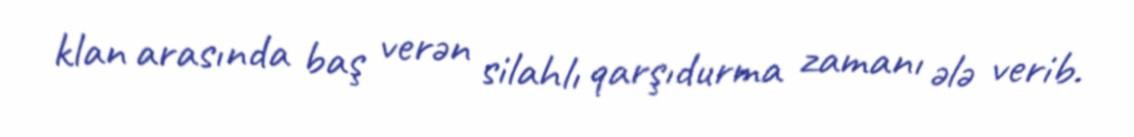
klan arasında baş verən silahlı qarşıdurma zamanı ələ verib.